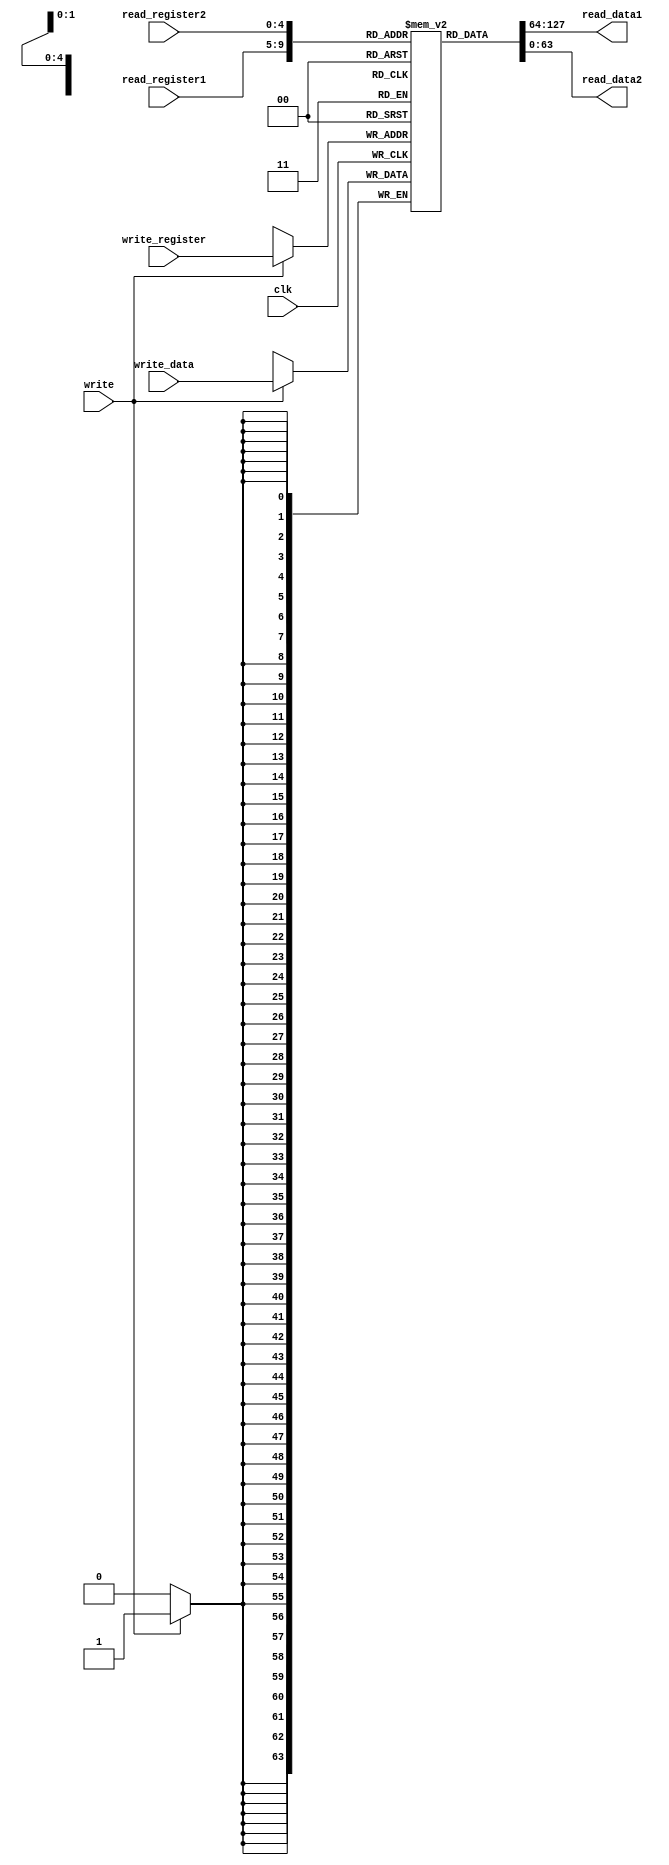
module registerbank(clk, read_register1, read_register2, write_register, write_data, write, read_data1, read_data2);
	
	input clk;
	input [4:0] read_register1;
	input [4:0] read_register2;
	input [4:0] write_register;
	input [63:0] write_data;
	input write;
	output [63:0] read_data1;
	output [63:0] read_data2;
	
	reg [63:0] registers  [0:31];

	//fetch data from registerbank  and assign to 
	assign  read_data1 = registers [read_register1];
	assign  read_data2 = registers [read_register2];

	integer i;
	initial begin
		for(i=0;i<32;i=i+1)
			registers[i] = i;
			end

	
	always @(posedge clk)begin
		if(write==1'b1)begin
			 registers [write_register] <= write_data;
		end
	end
	
endmodule